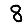
Digit: 8